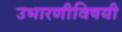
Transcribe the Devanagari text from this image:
उभारणीविषयी